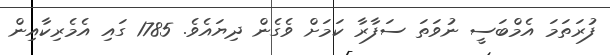
ފުރަތަމަ އެމްބަސީ ނުވަތަ ސަފާރާ ކަމަށް ވެގެން ދިޔައެވެ. 1785 ގައި އެމެރިކާއިން